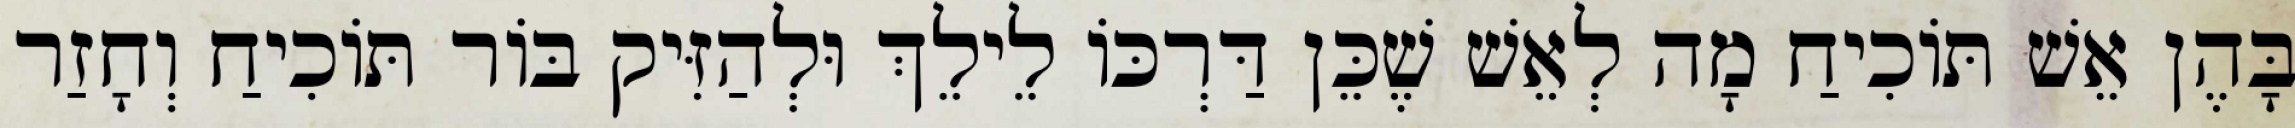
בָּהֶן אֵשׁ תּוֹכִיחַ מָה לְאֵשׁ שֶׁכֵּן דַּרְכּוֹ לֵילֵךְ וּלְהַזִּיק בּוֹר תּוֹכִיחַ וְחָזַר